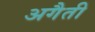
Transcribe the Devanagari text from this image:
अगैती